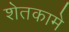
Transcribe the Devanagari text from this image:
शेतकामे